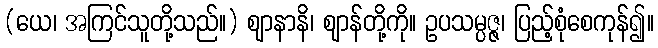
(ယေ၊ အကြင်သူတို့သည်။) ဈာနာနိ၊ ဈာန်တို့ကို။ ဥပသမ္ပဇ္ဇ၊ ပြည့်စုံစေကုန်၍။